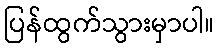
ပြန်ထွက်သွားမှာပါ။